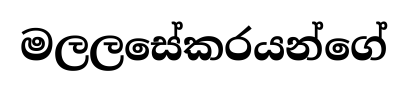
මලලසේකරයන්ගේ